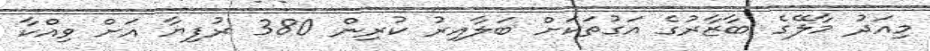
މިއަދު މާލޭގެ ބާޒާރުގެ އަގުތަކަށް ބަލާއިރު ކުރިން 380 ރުފިޔާ އަށް ވިއްކާ